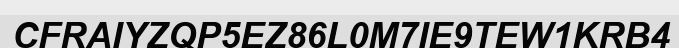
CFRAIYZQP5EZ86L0M7IE9TEW1KRB4